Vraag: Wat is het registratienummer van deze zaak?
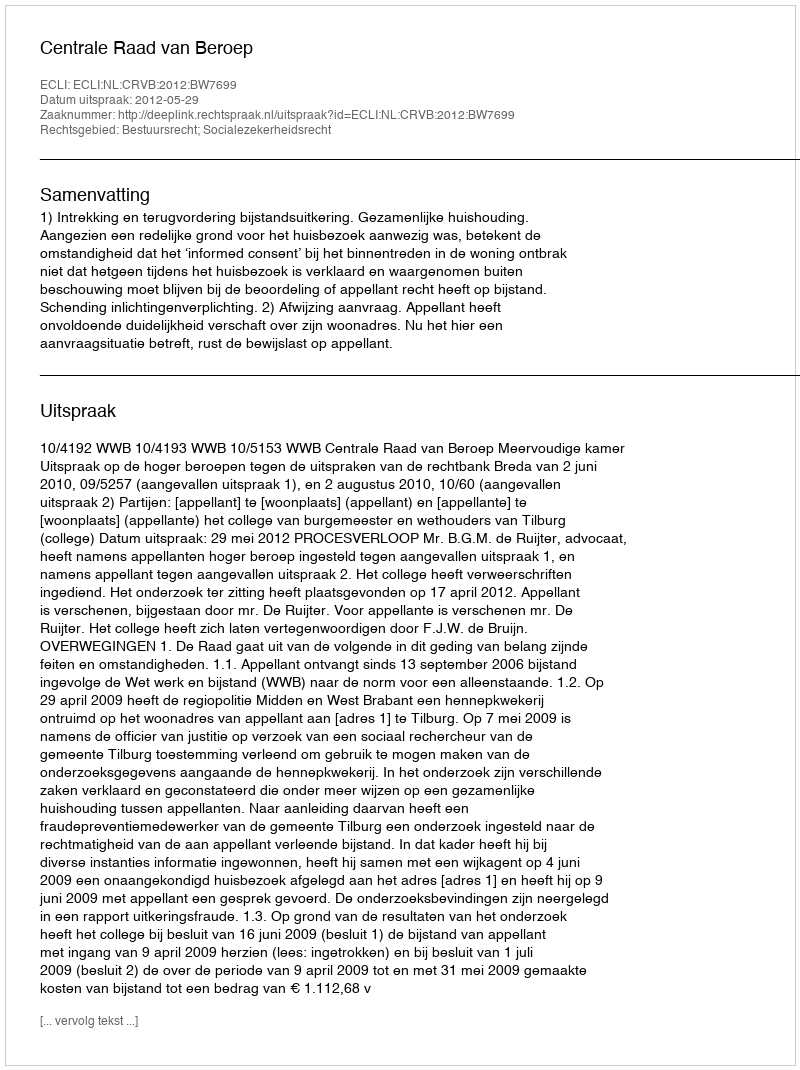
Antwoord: http://deeplink.rechtspraak.nl/uitspraak?id=ECLI:NL:CRVB:2012:BW7699